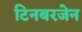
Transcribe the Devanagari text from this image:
टिनबरजेन